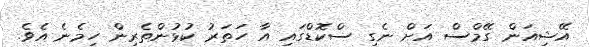
އޭޝިއަން ގޭމްސް އަށް ނެގި ސްކޮޑްގައި އާ ހަތަރު ކުޅުންތެރިން ހިމެނެ އެވެ.